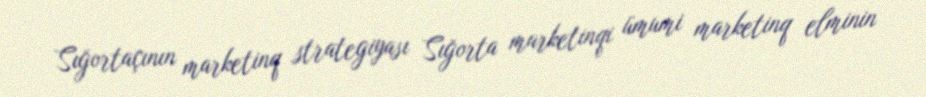
Sığortaçının marketinq strategiyası Sığorta marketinqi ümumi marketinq elminin